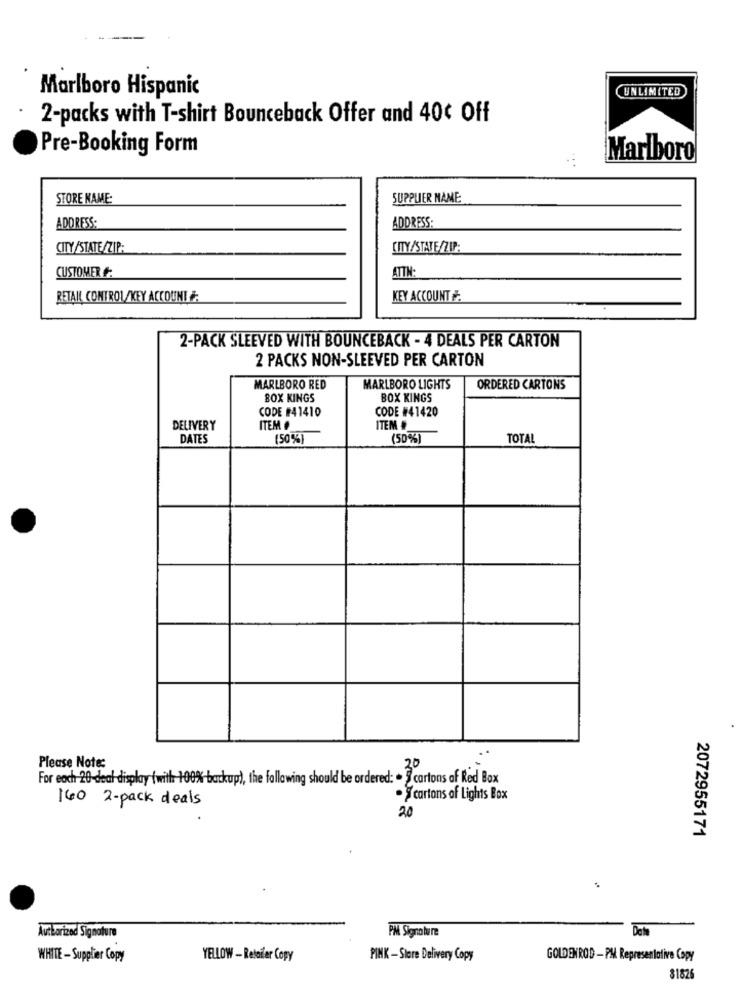
Marlboro Hispanic
UNLIMITED
2-packs with T-shirt Bounceback Offer and 40¢ Off
Pre-Booking Form
Marlboro
STORE KAME:
SUPPLIER MAME
ADDRESS:
ADDRESS:
CITY /STATE/ZIP:
CITY/STATE/ZIP:
CUSTOMER #:
ATTN:
RETAIL COMTROL/KEY ACCOUNT È:
KEY ACCOUNT #:
2-PACK SLEEVED WITH BOUNCEBACK - 4 DEALS PER CARTON
2 PACKS NON-SLEEVED PER CARTON
MARLBORO RED
MARLBORO LIGHTS
ORDERED CARTONS
BOX KINGS
BOX KINGS
CODE #41410
CODE #41420
DELIVERY
ITEM
ITEM #
DATES
(50%)
(50%)
TOTAL
Please Note:
For each 20-deal display (with-100%-backup), the following should be ordered: . @cartons of Red Box
160 2- pack deals
.Scartons of Lights Box
20
2072955171
Authorized Signature
PM Signature
WHITE - Supplier Copy
YELLOW - Retailer Copy
PINK -Stere Delivery Copy
GOLDENROD - PM Representative Copy
$1826